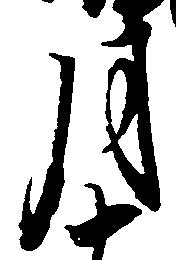
月